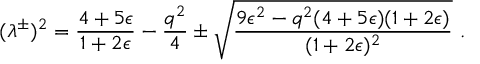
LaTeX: ( \lambda ^ { \pm } ) ^ { 2 } = \frac { 4 + 5 \epsilon } { 1 + 2 \epsilon } - \frac { q ^ { 2 } } { 4 } \pm \sqrt { \frac { 9 \epsilon ^ { 2 } - q ^ { 2 } ( 4 + 5 \epsilon ) ( 1 + 2 \epsilon ) } { ( 1 + 2 \epsilon ) ^ { 2 } } } \ .